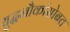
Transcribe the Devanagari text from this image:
युद्धनौकांसोबत